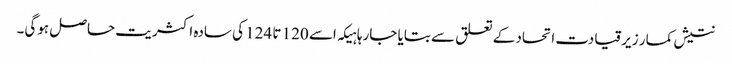
نتیش کمار زیرقیادت اتحاد کے تعلق سے بتایا جارہا ہیکہ اسے 120 تا 124 کی سادہ اکثریت حاصل ہوگی۔